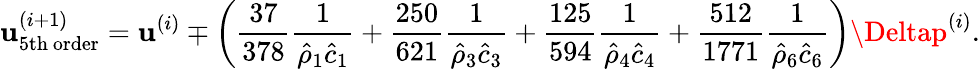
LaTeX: \mathbf{u}_{\mathrm{{5th~order}}}^{(i+1)}=\mathbf{u}^{(i)}\mp\left(\frac{{37}}{{378}}\frac{{1}}{{\hat{{\rho}}_{1}\hat{{c}}_{1}}}+\frac{{250}}{{621}}\frac{{1}}{{\hat{{\rho}}_{3}\hat{{c}}_{3}}}+\frac{{125}}{{594}}\frac{{1}}{{\hat{{\rho}}_{4}\hat{{c}}_{4}}}+\frac{{512}}{{1771}}\frac{{1}}{{\hat{{\rho}}_{6}\hat{{c}}_{6}}}\right)\Deltap^{(i)}.